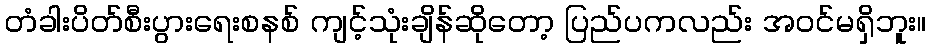
တံခါးပိတ်စီးပွားရေးစနစ် ကျင့်သုံးချိန်ဆိုတော့ ပြည်ပကလည်း အဝင်မရှိဘူး။